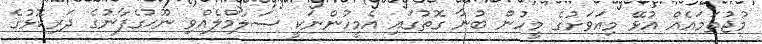
މުޖުތަމައެއް އުޅޭ މިއަވަށުގެ މީހުން ބުނާ ގޮތުގައި އެމީހުންނަކީ ސަލާމްލެއްވި ނޫޙުގެފާނުގެ ދަރިކޮޅުގެ